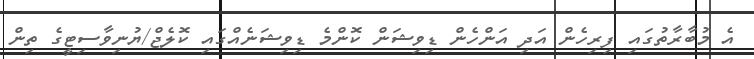
އެ މުބާރާތުގައި ފިރިހެން އަދި އަންހެން ޑިވިޝަން ކޮންމެ ޑިވިޝަނެއްގައި ކޮލެޖް/ޔުނިވާސިޓީގެ ތިން